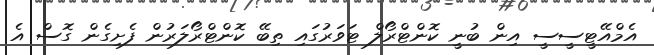
އެމްއޭޓީސީސީ އިން ބުނީ ކޮންޓްރޯލް ޓަވަރުގައި ތިބޭ ކޮންޓްރޯލަރުން ފެށިގެން ގޮސް އެ